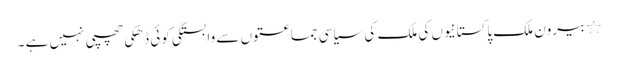
٭	بیرون ملک پاکستانیوں کی ملک کی سیاسی جماعتوں سے وابستگی کوئی ڈھکی چھپی نہیں ہے ۔